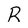
Character: R